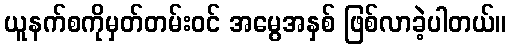
ယူနက်စကိုမှတ်တမ်းဝင် အမွေအနှစ် ဖြစ်လာခဲ့ပါတယ်။